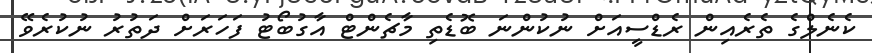
ކެނެލްގެ ތެރެއިން ރެޑްސީއަށް ނުކުންނަ ބޮޑެތި މާޗެންޓް އާގުބޯޓު ފަހަރަށް ދަތުރު ނުކުރެވޭ